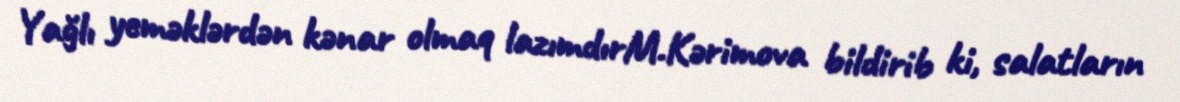
Yağlı yeməklərdən kənar olmaq lazımdırM.Kərimova bildirib ki, salatların